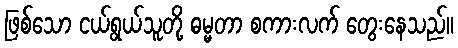
ဖြစ်သော ငယ်ရွယ်သူတို့ ဓမ္မတာ စကားလက် တွေးနေသည်။